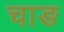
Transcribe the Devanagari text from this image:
चाङ